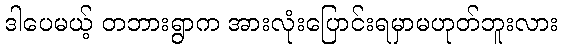
ဒါပေမယ့် တဘားရွာက အားလုံးပြောင်းရမှာမဟုတ်ဘူးလား